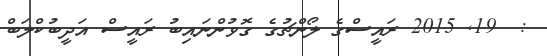
:  19